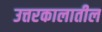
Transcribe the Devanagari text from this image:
उत्तरकालातील